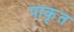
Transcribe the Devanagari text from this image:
पाकृत